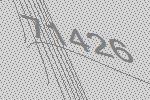
71426